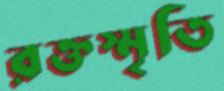
রক্তস্মৃতি